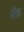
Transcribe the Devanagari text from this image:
द्येक